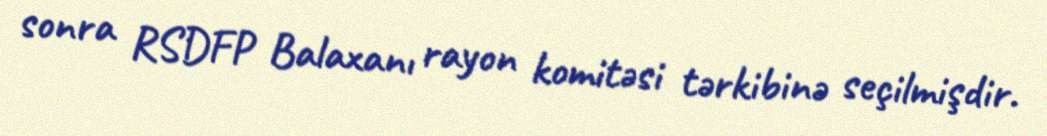
sonra RSDFP Balaxanı rayon komitəsi tərkibinə seçilmişdir.